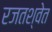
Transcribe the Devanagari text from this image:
रजतश्वेत